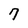
Character: 7